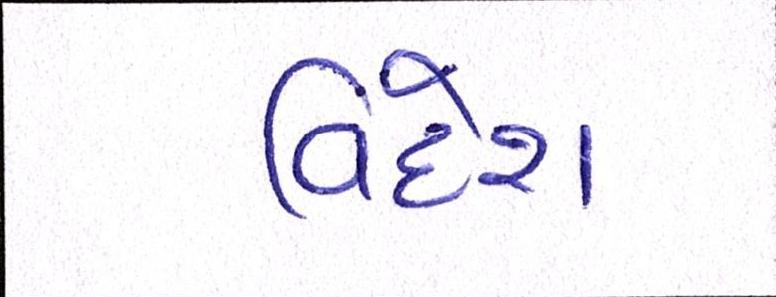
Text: વિદેશ